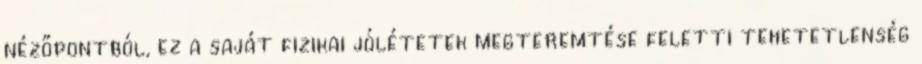
nézőpontból, ez a saját fizikai jólétetek megteremtése feletti tehetetlenség